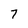
Character: 7